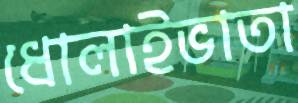
ধোলাইভাতা